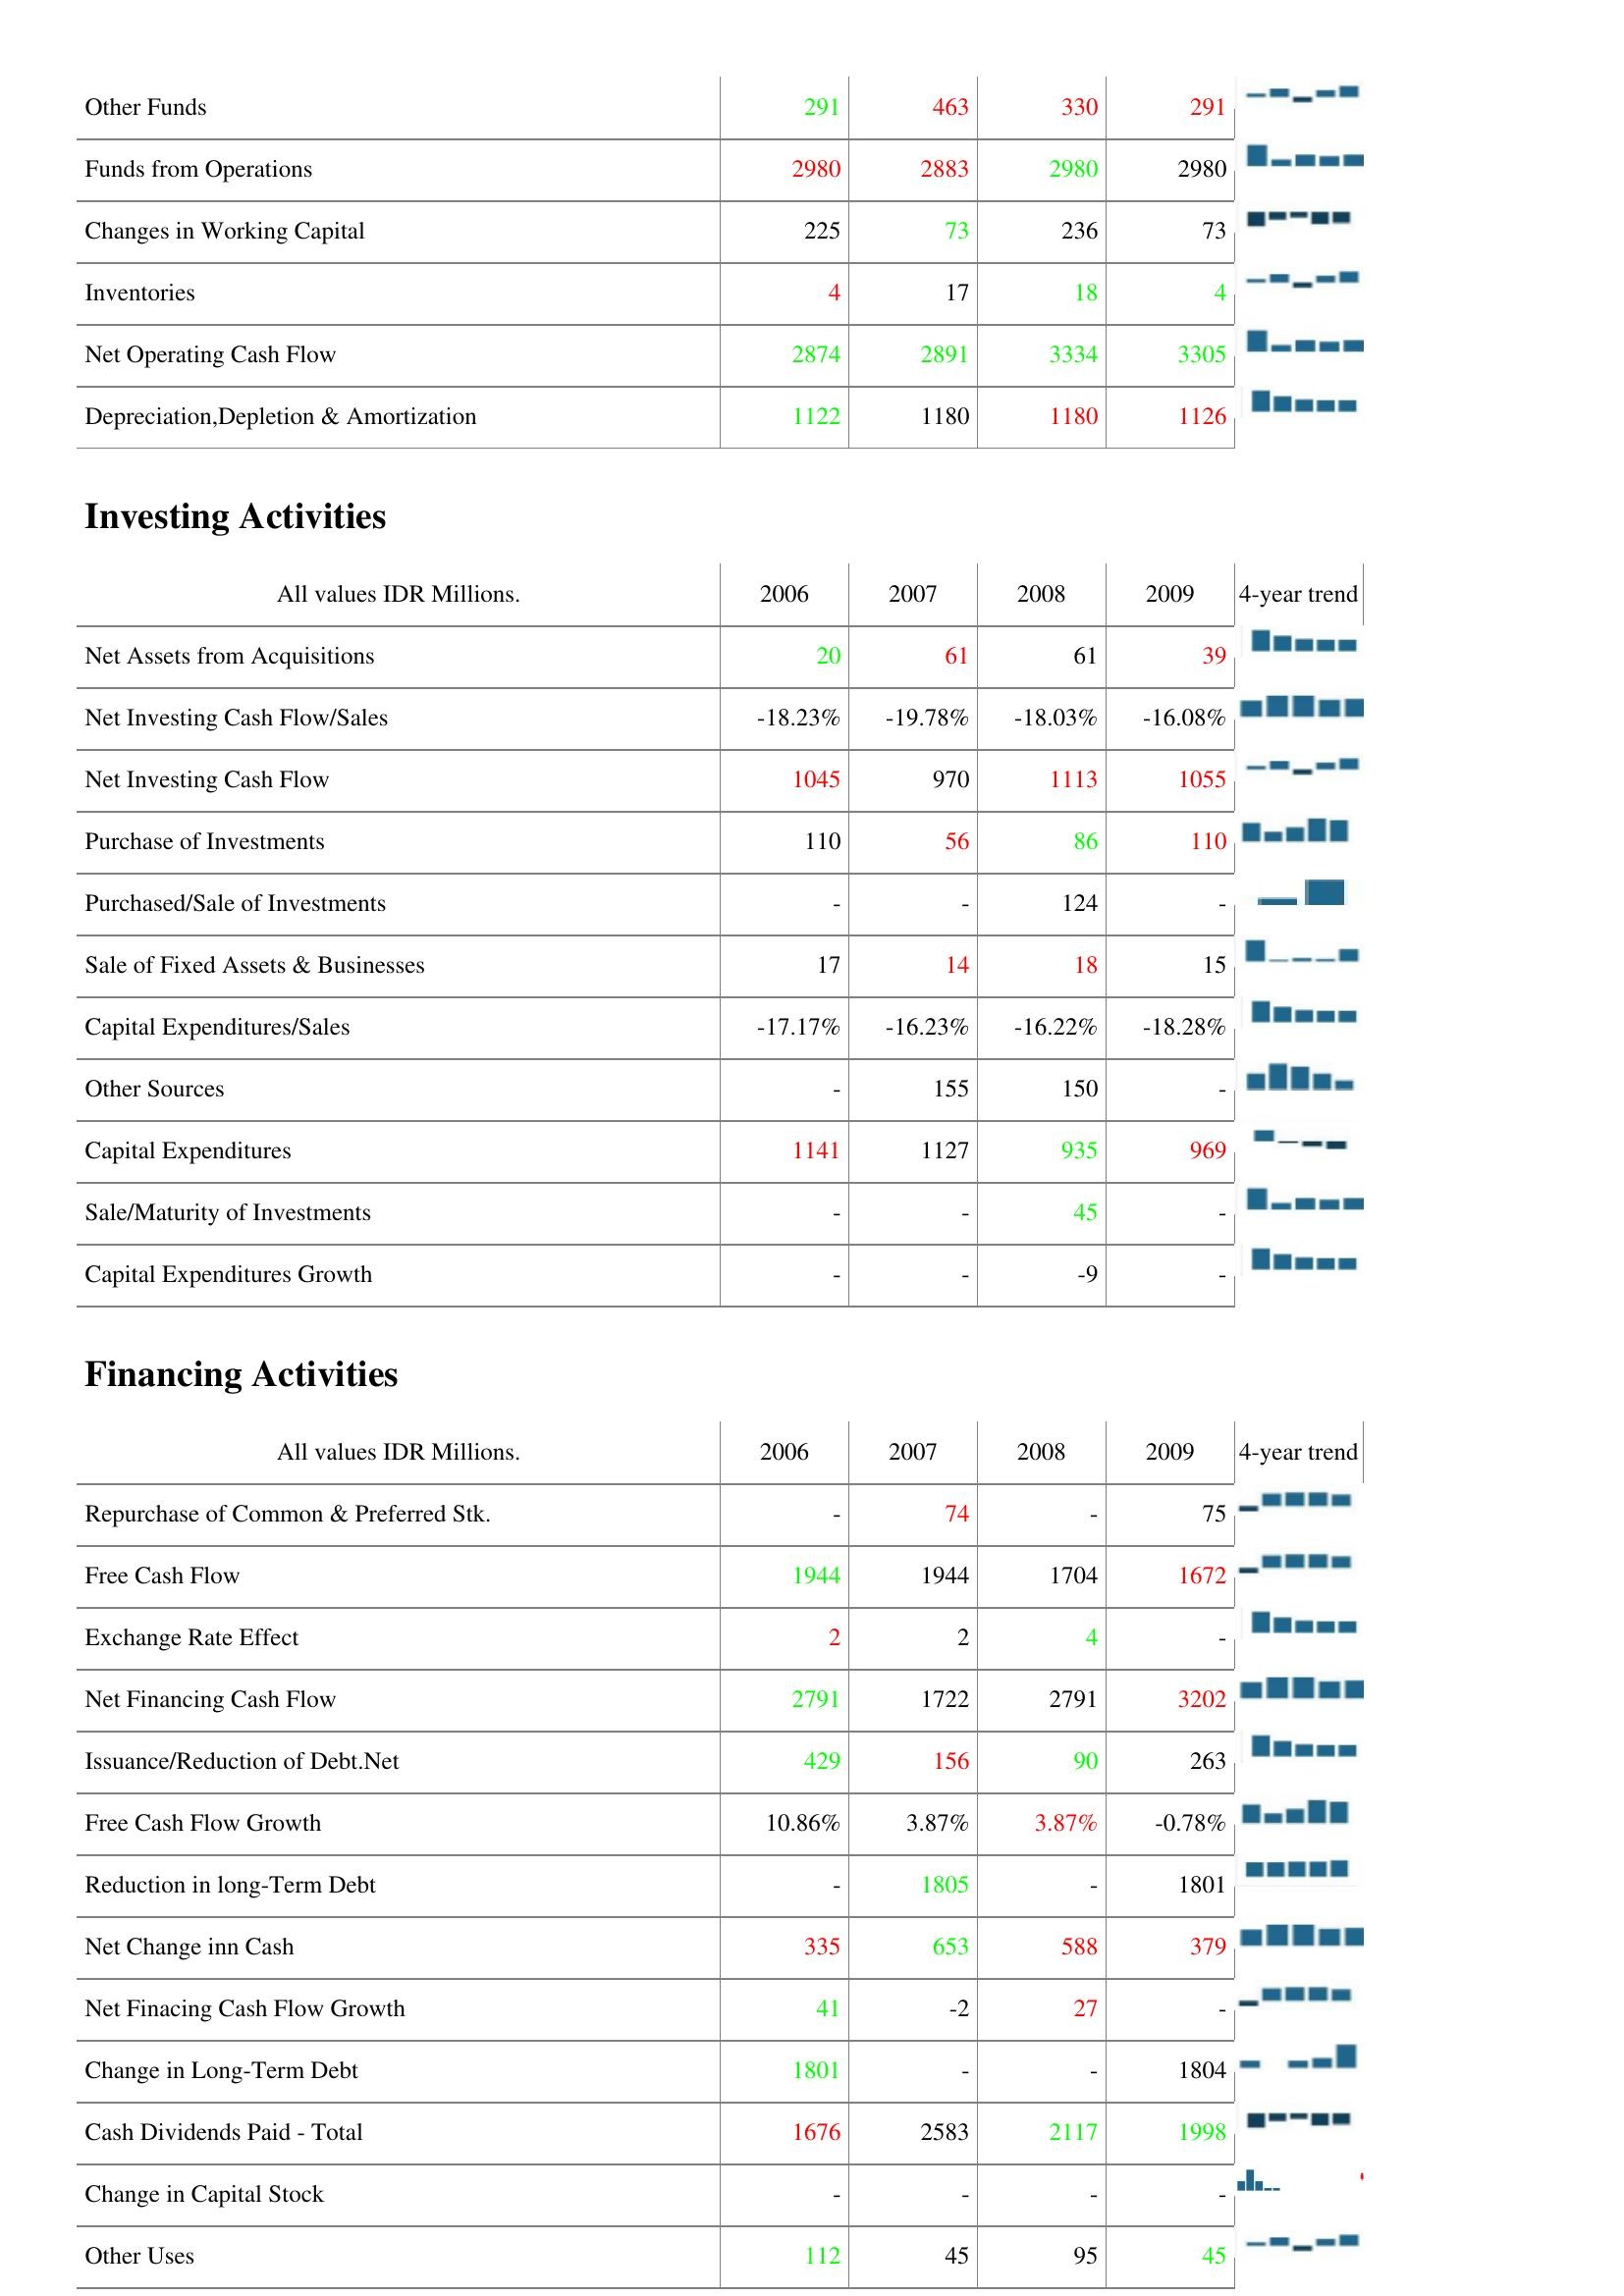
2006: Operating Activities: Other Funds: 291
Funds from Operations: 2980
Changes in Working Capital: 225
Inventories: 4
Net Operating Cash Flow: 2874
Depreciation,Depletion & Amortization: 1122
Investing Activities: Net Assets from Acquisitions: 20
Net Investing Cash Flow/Sales: -18.23%
Net Investing Cash Flow: 1045
Purchase of Investments: 110
Purchased/Sale of Investments: -
Sale of Fixed Assets & Businesses: 17
Capital Expenditures/Sales: -17.17%
Other Sources: -
Capital Expenditures: 1141
Sale/Maturity of Investments: -
Capital Expenditures Growth: -
Financing Activities: Repurchase of Common & Preferred Stk.: -
Free Cash Flow: 1944
Exchange Rate Effect: 2
Net Financing Cash Flow: 2791
Issuance/Reduction of Debt.Net: 429
Free Cash Flow Growth: 10.86%
Reduction in long-Term Debt: -
Net Change inn Cash: 335
Net Finacing Cash Flow Growth: 41
Change in Long-Term Debt: 1801
Cash Dividends Paid - Total: 1676
Change in Capital Stock: -
Other Uses: 112
2007: Operating Activities: Other Funds: 463
Funds from Operations: 2883
Changes in Working Capital: 73
Inventories: 17
Net Operating Cash Flow: 2891
Depreciation,Depletion & Amortization: 1180
Investing Activities: Net Assets from Acquisitions: 61
Net Investing Cash Flow/Sales: -19.78%
Net Investing Cash Flow: 970
Purchase of Investments: 56
Purchased/Sale of Investments: -
Sale of Fixed Assets & Businesses: 14
Capital Expenditures/Sales: -16.23%
Other Sources: 155
Capital Expenditures: 1127
Sale/Maturity of Investments: -
Capital Expenditures Growth: -
Financing Activities: Repurchase of Common & Preferred Stk.: 74
Free Cash Flow: 1944
Exchange Rate Effect: 2
Net Financing Cash Flow: 1722
Issuance/Reduction of Debt.Net: 156
Free Cash Flow Growth: 3.87%
Reduction in long-Term Debt: 1805
Net Change inn Cash: 653
Net Finacing Cash Flow Growth: -2
Change in Long-Term Debt: -
Cash Dividends Paid - Total: 2583
Change in Capital Stock: -
Other Uses: 45
2008: Operating Activities: Other Funds: 330
Funds from Operations: 2980
Changes in Working Capital: 236
Inventories: 18
Net Operating Cash Flow: 3334
Depreciation,Depletion & Amortization: 1180
Investing Activities: Net Assets from Acquisitions: 61
Net Investing Cash Flow/Sales: -18.03%
Net Investing Cash Flow: 1113
Purchase of Investments: 86
Purchased/Sale of Investments: 124
Sale of Fixed Assets & Businesses: 18
Capital Expenditures/Sales: -16.22%
Other Sources: 150
Capital Expenditures: 935
Sale/Maturity of Investments: 45
Capital Expenditures Growth: -9
Financing Activities: Repurchase of Common & Preferred Stk.: -
Free Cash Flow: 1704
Exchange Rate Effect: 4
Net Financing Cash Flow: 2791
Issuance/Reduction of Debt.Net: 90
Free Cash Flow Growth: 3.87%
Reduction in long-Term Debt: -
Net Change inn Cash: 588
Net Finacing Cash Flow Growth: 27
Change in Long-Term Debt: -
Cash Dividends Paid - Total: 2117
Change in Capital Stock: -
Other Uses: 95
2009: Operating Activities: Other Funds: 291
Funds from Operations: 2980
Changes in Working Capital: 73
Inventories: 4
Net Operating Cash Flow: 3305
Depreciation,Depletion & Amortization: 1126
Investing Activities: Net Assets from Acquisitions: 39
Net Investing Cash Flow/Sales: -16.08%
Net Investing Cash Flow: 1055
Purchase of Investments: 110
Purchased/Sale of Investments: -
Sale of Fixed Assets & Businesses: 15
Capital Expenditures/Sales: -18.28%
Other Sources: -
Capital Expenditures: 969
Sale/Maturity of Investments: -
Capital Expenditures Growth: -
Financing Activities: Repurchase of Common & Preferred Stk.: 75
Free Cash Flow: 1672
Exchange Rate Effect: -
Net Financing Cash Flow: 3202
Issuance/Reduction of Debt.Net: 263
Free Cash Flow Growth: -0.78%
Reduction in long-Term Debt: 1801
Net Change inn Cash: 379
Net Finacing Cash Flow Growth: -
Change in Long-Term Debt: 1804
Cash Dividends Paid - Total: 1998
Change in Capital Stock: -
Other Uses: 45